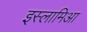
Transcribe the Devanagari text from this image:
इस्लामिआ